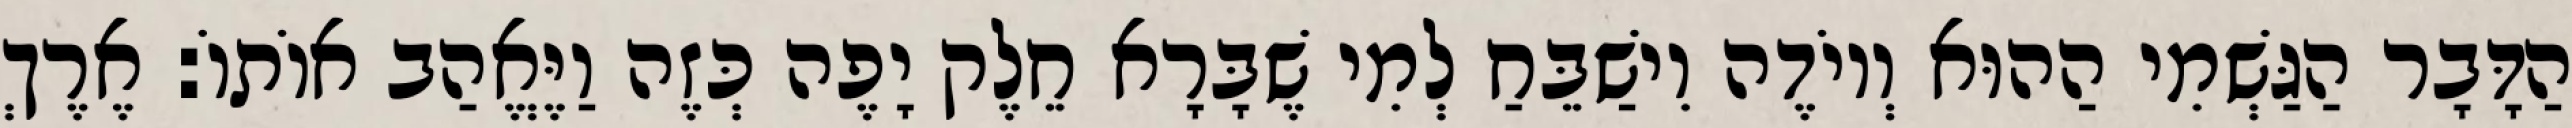
הַדָּבָר הַגַּשְׁמִי הַהוּא וְיוֹדֶה וִישַׁבֵּחַ לְמִי שֶׁבָּרָא חֵלֶק יָפֶה כְּזֶה וַיֶּאֱהַב אוֹתוֹ: אֶרֶךְ